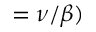
= \nu / \beta )